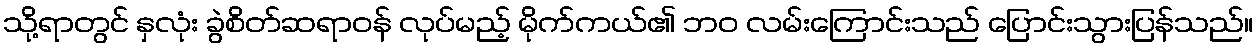
သို့ရာတွင် နှလုံး ခွဲစိတ်ဆရာဝန် လုပ်မည့် မိုက်ကယ်၏ ဘဝ လမ်းကြောင်းသည် ပြောင်းသွားပြန်သည်။